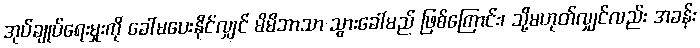
အုပ်ချုပ်ရေးမှုးကို ခေါ်မပေးနိုင်လျှင် မိမိဘာသာ သွားခေါ်မည် ဖြစ်ကြောင်း၊ သို့မဟုတ်လျှင်လည်း အခန်း